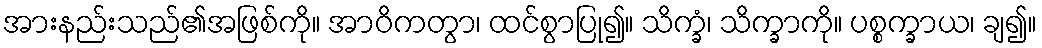
အားနည်းသည်၏အဖြစ်ကို။ အာဝိကတွာ၊ ထင်စွာပြု၍။ သိက္ခံ၊ သိက္ခာကို။ ပစ္စက္ခာယ၊ ချ၍။